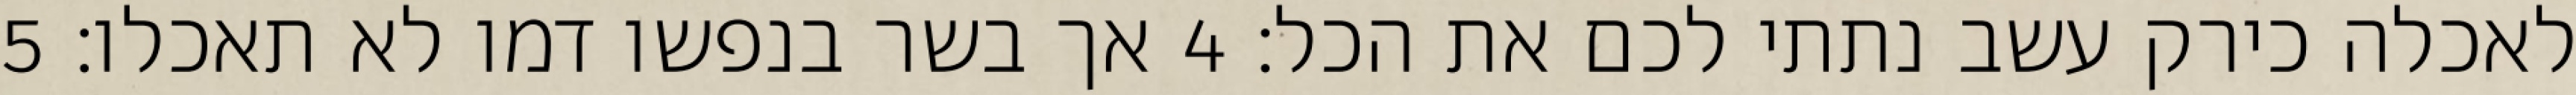
לאכלה כירק עשב נתתי לכם את הכל׃ ‎4‏ אך בשר בנפשו דמו לא תאכלו׃ ‎5‏